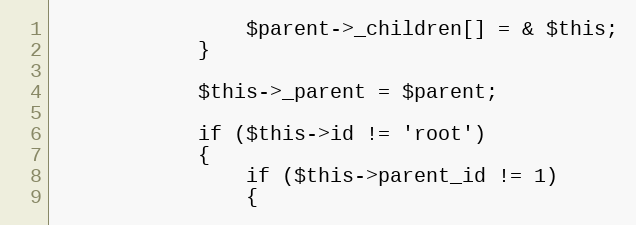
Language: PHP
				$parent->_children[] = & $this;
			}

			$this->_parent = $parent;

			if ($this->id != 'root')
			{
				if ($this->parent_id != 1)
				{